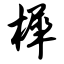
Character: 樨